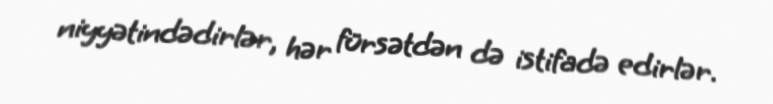
niyyətindədirlər, hər fürsətdən də istifadə edirlər.